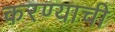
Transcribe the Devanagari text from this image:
करण्याची